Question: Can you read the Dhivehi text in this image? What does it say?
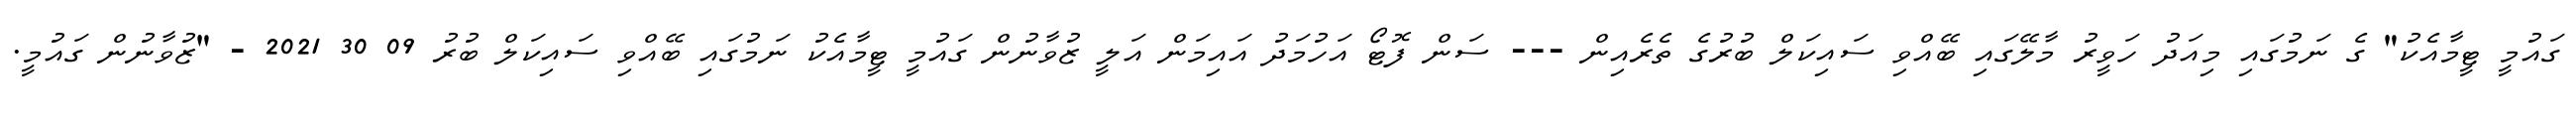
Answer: ގައުމީ ޓީމާއެކު" ގެ ނަމުގައި މިއަދު ހަވީރު މާލޭގައި ބޭއްވި ސައިކަލް ބުރުގެ ތެރެއިން --- ސަން ފޮޓޯ އަހުމަދު އައިމަން އަލީ ޒުވާނުން ގައުމީ ޓީމާއެކު ނަމުގައި ބޭއްވި ސައިކަލް ބުރު 09 30 2021 - "ޒުވާނުން ގައުމީ.